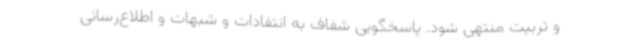
و تربیت منتهی شود. پاسخگویی شفاف به انتقادات و شبهات و اطلاع‌رسانی